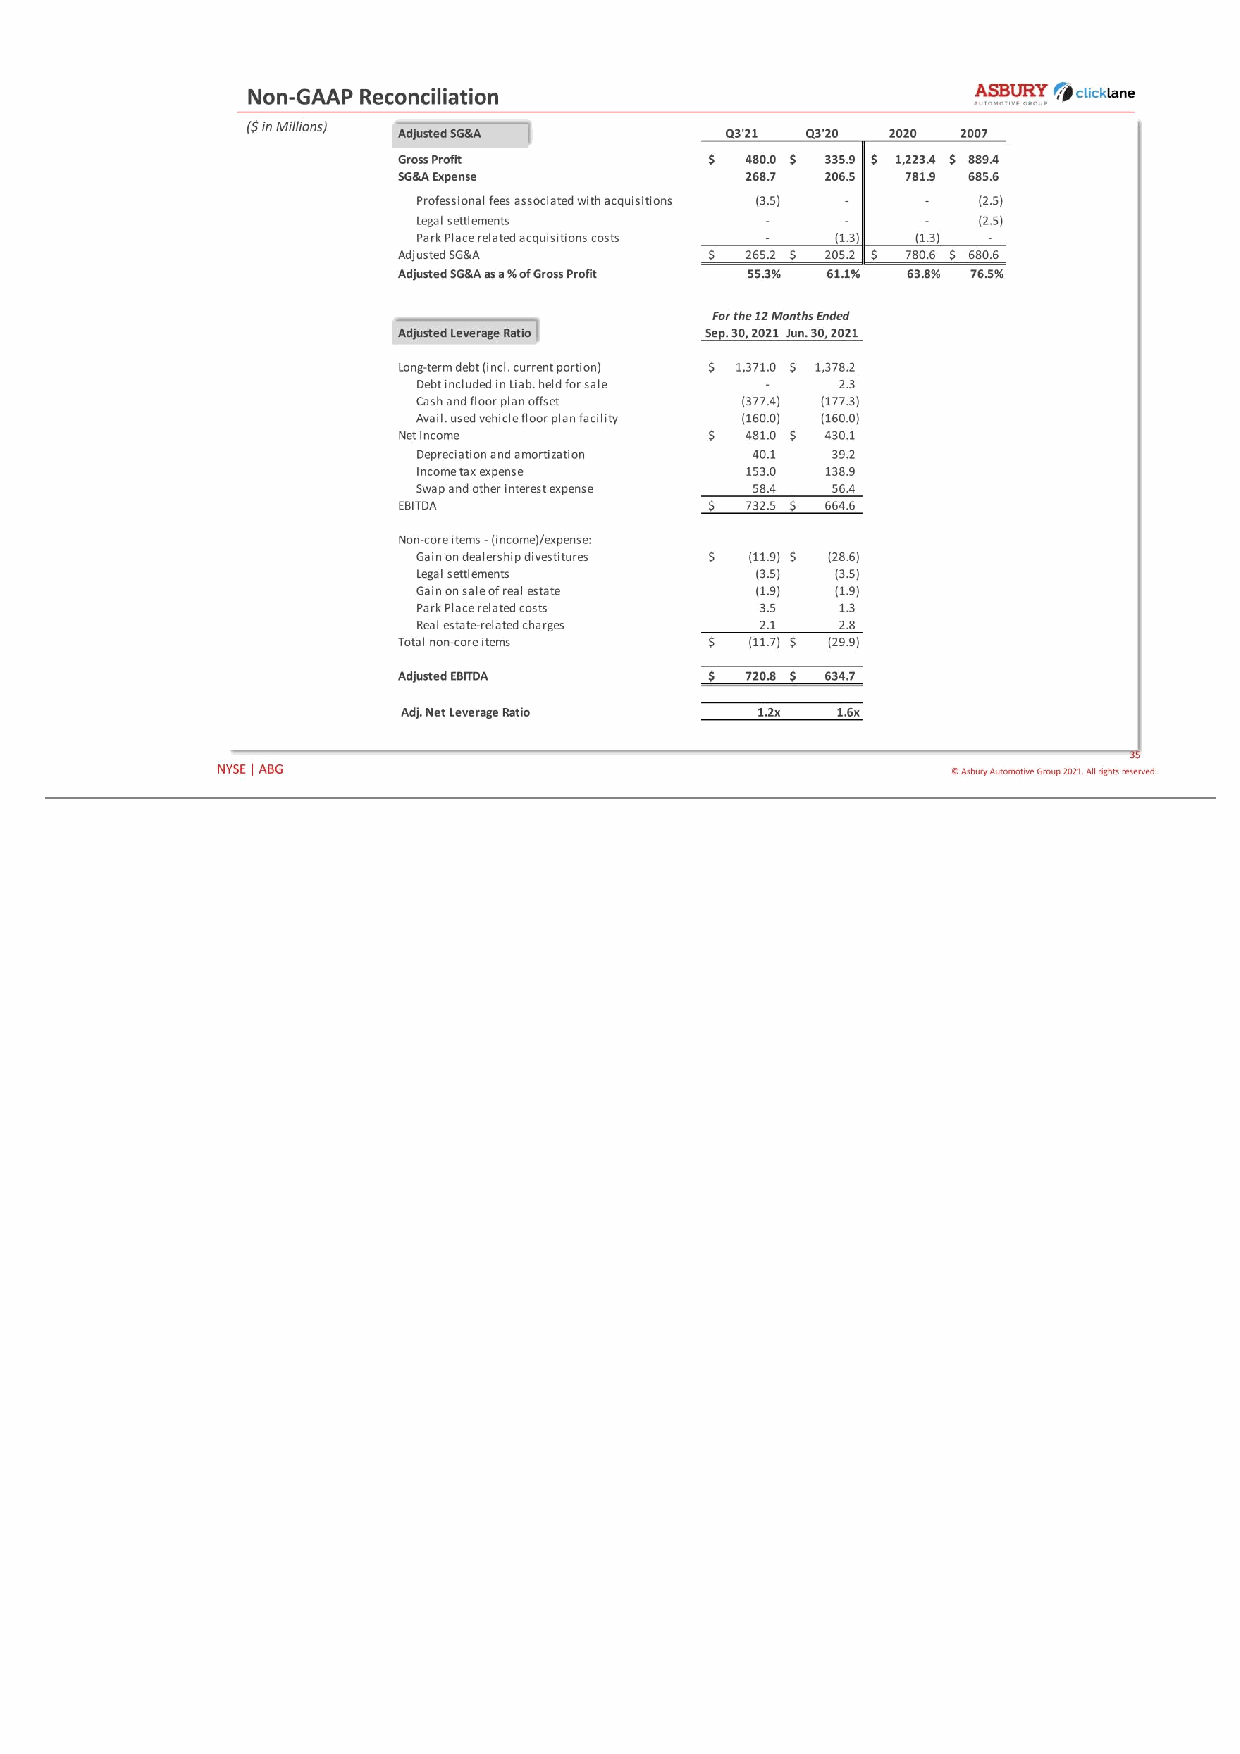
35 © Asbury Automotive Group 2021. All rights reserved.NYSE | ABG Non-GAAP Reconciliation ($ in Millions) Adjusted SG&A Q3'21 Q3'20 2020 2007 Gross Profit 480.0$ 335.9$ 1,223.4$ 889.4$ SG&A Expense 268.7 206.5 781.9 685.6 Professional fees associated with acquisitions (3.5) - - (2.5) Legal settlements - - - (2.5) Park Place related acquisitions costs - (1.3) (1.3) - Adjusted SG&A 265.2$ 205.2$ 780.6$ 680.6$ Adjusted SG&A as a % of Gross Profit 55.3% 61.1% 63.8% 76.5% Adjusted Leverage Ratio Sep. 30, 2021 Jun. 30, 2021 Long-term debt (incl. current portion) 1,371.0$ 1,378.2$ Debt included in Liab. held for sale - 2.3 Cash and floor plan offset (377.4) (177.3) Avail. used vehicle floor plan facil ity (160.0) (160.0) Net Income 481.0$ 430.1$ Depreciation and amortization 40.1 39.2 Income tax expense 153.0 138.9 Swap and other interest expense 58.4 56.4 EBITDA 732.5$ 664.6$ Non-core items - (income)/expense: Gain on dealership divestitures (11.9)$ (28.6)$ Legal settlements (3.5) (3.5) Gain on sale of real estate (1.9) (1.9) Park Place related costs 3.5 1.3 Real estate-related charges 2.1 2.8 Total non-core items (11.7)$ (29.9)$ Adjusted EBITDA 720.8$ 634.7$ Adj. Net Leverage Ratio 1.2x 1.6x For the 12 Months Ended